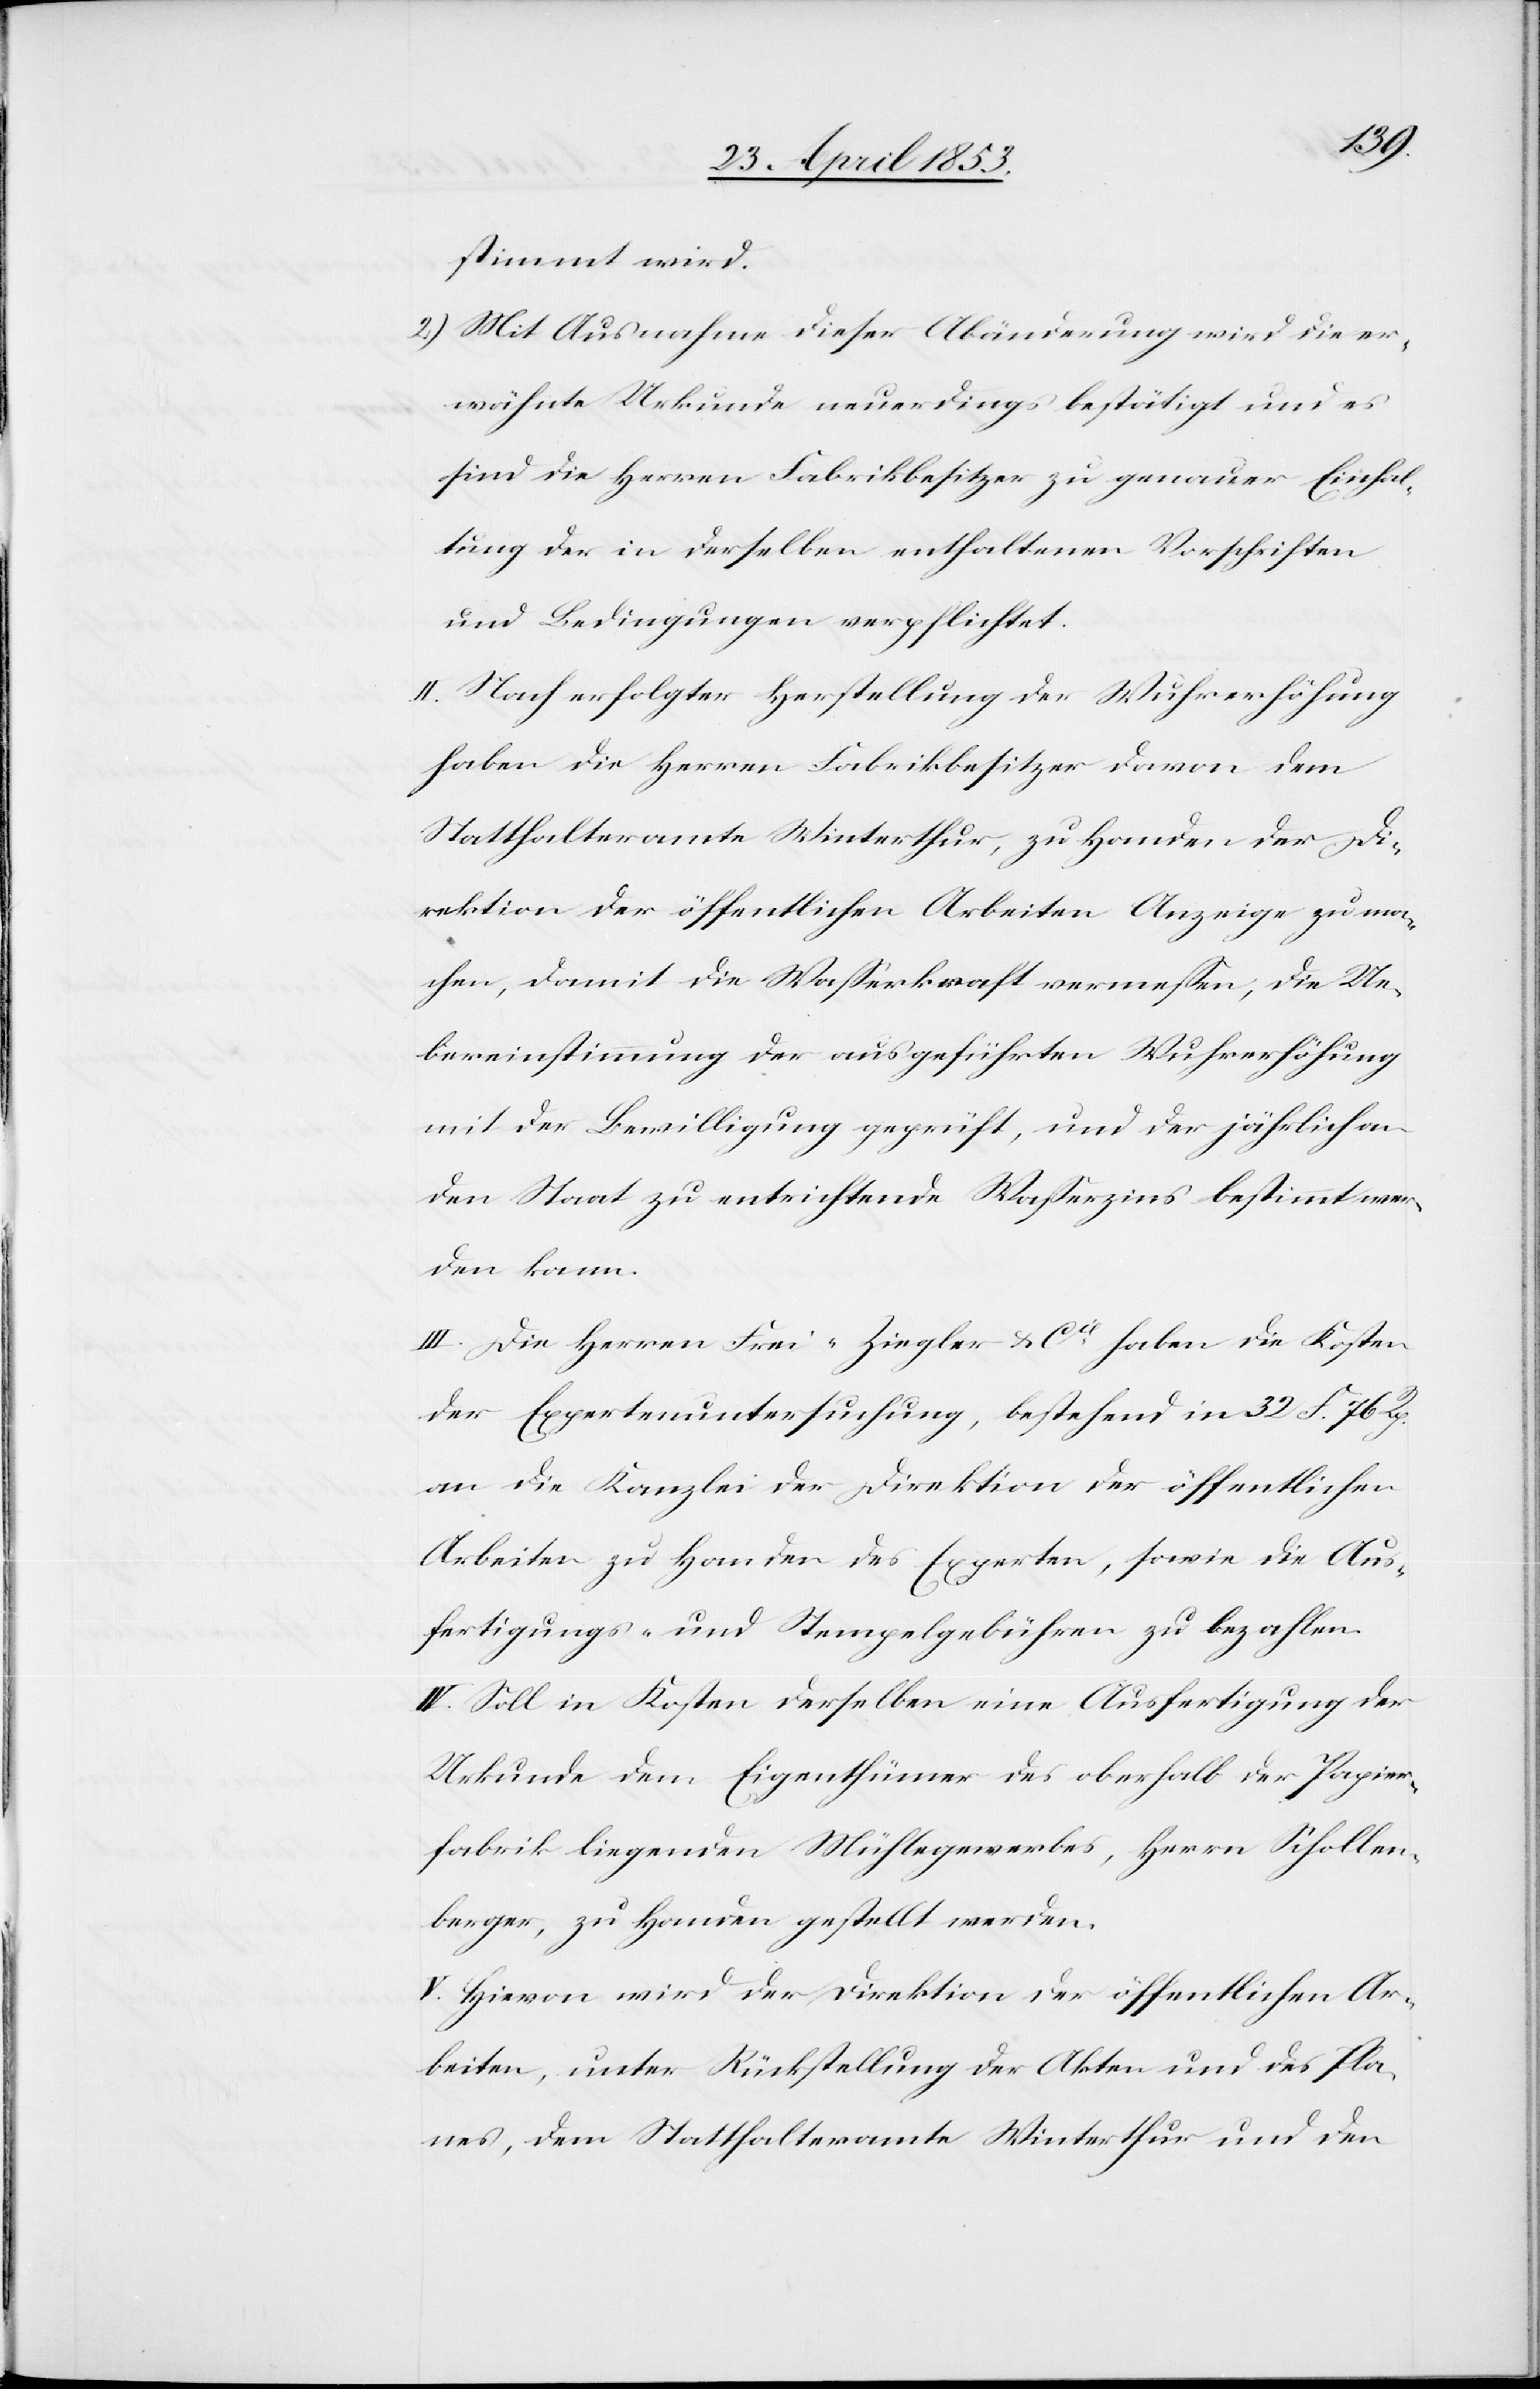
stimmt wird.
2.) Mit Ausnahme dieser Abänderung wird die er¬
wähnte Urkunde neuerdings bestätigt und es
sind die Herrn Fabrikbesitzer zu genauer Einhal¬
tung der in derselben enthaltenen Vorschriften
und Bedingungen verpflichtet.
II. Nach erfolgter Herstellung der Wuhrerhöhung
haben die Herren Fabrikbesitzer davon dem
Statthalteramte Winterthur, zu Handen der Di¬
rektion der öffentlichen Arbeiten Anzeige zu ma¬
chen, damit die Waßerkraft vermeßen, die Ue¬
bereinstimmung der ausgeführten Wuhrerhöhung
mit der Bewilligung geprüft, und der jährlichen
den Staat zu entrichtende Waßerzins bestimmt wer¬
den kann.
III. Die Herren Frei-Ziegler u. Cie. haben die Kosten
der Expertenuntersuchung, bestehend in 32 F. 76 Rp.
an die Kanzlei der Direktion der öffentlichen
Arbeiten zu Handen des Experten, sowie die Aus¬
fertigungs- u. Stempelgebühren zu bezahlen.
IV. Soll in Kosten derselben eine Ausfertigung der
Urkunde dem Eigenthümer des oberhalb der Papier¬
fabrik liegenden Mühlegewerbes, Herrn Schollen¬
berger, zu Handen gestellt werden.
V. Hievon wird der Direktion der öffentlichen Ar¬
beiten, unter Rückstellung der Akten und des Pla¬
nes, dem Statthalteramte Winterthur und den